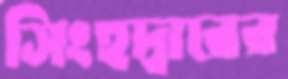
সিংহদ্বারের